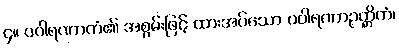
၄။ ပဝါရဏာကံ၏ အစွမ်းဖြင့် ထားအပ်သော ပဝါရဏာဉတ္တိကံ၊